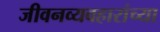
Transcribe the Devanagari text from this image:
जीवनव्यवहारांच्या